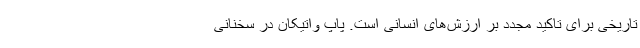
تاریخی برای تاکید مجدد بر ارزش‌های انسانی است. پاپ واتیکان در سخنانی